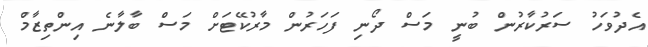
އެދުވަހު ސަރުކާރުން ބުނީ މަސް ދޯނި ފަހަރުން މާރުކޭޓަށް މަސް ބާލާނެ އިންތިޒާމް